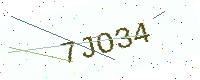
Text: 7JO34